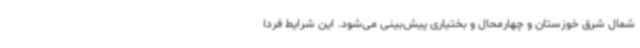
شمال شرق خوزستان و چهارمحال و بختیاری پیش‌بینی می‌شود. این شرایط فردا